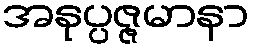
အနုပ္ပဇ္ဇမာနာ